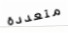
متعددة